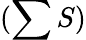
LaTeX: (\sum S)